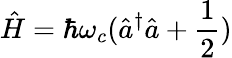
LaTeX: \hat{H}=\hbar\omega_{c}(\hat{a}^{\dagger}\hat{a}+\frac{1}{2})